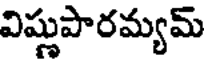
విష్ణుపారమ్యమ్